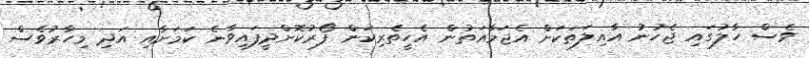
ވެސް ހާލުގައި ޖެހުނު އާއިލަތަކަށް އެޖަމާއަތުން އެހީތެރިކަން ފޯރުކޮށްދީފައިވާނެ ކަމަށާއި އަދި މިހާރުވެސް